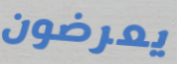
يعرضون